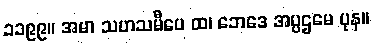
၁၁၉၉။ အမာ သဟသမီပေ ထ၊ ဘေဒေ အပ္ပဌမေ ပုန။